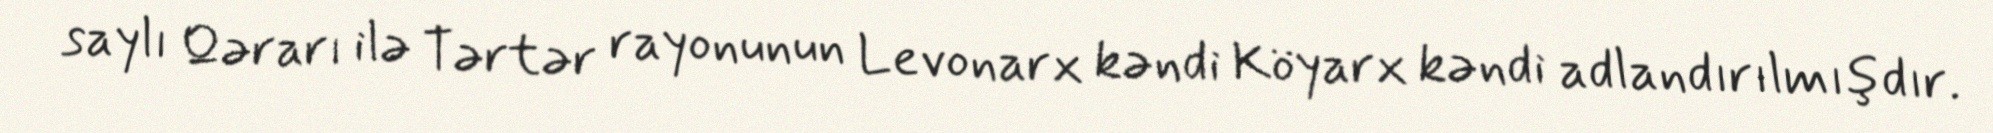
saylı Qərarı ilə Tərtər rayonunun Levonarx kəndi Köyarx kəndi adlandırılmışdır.